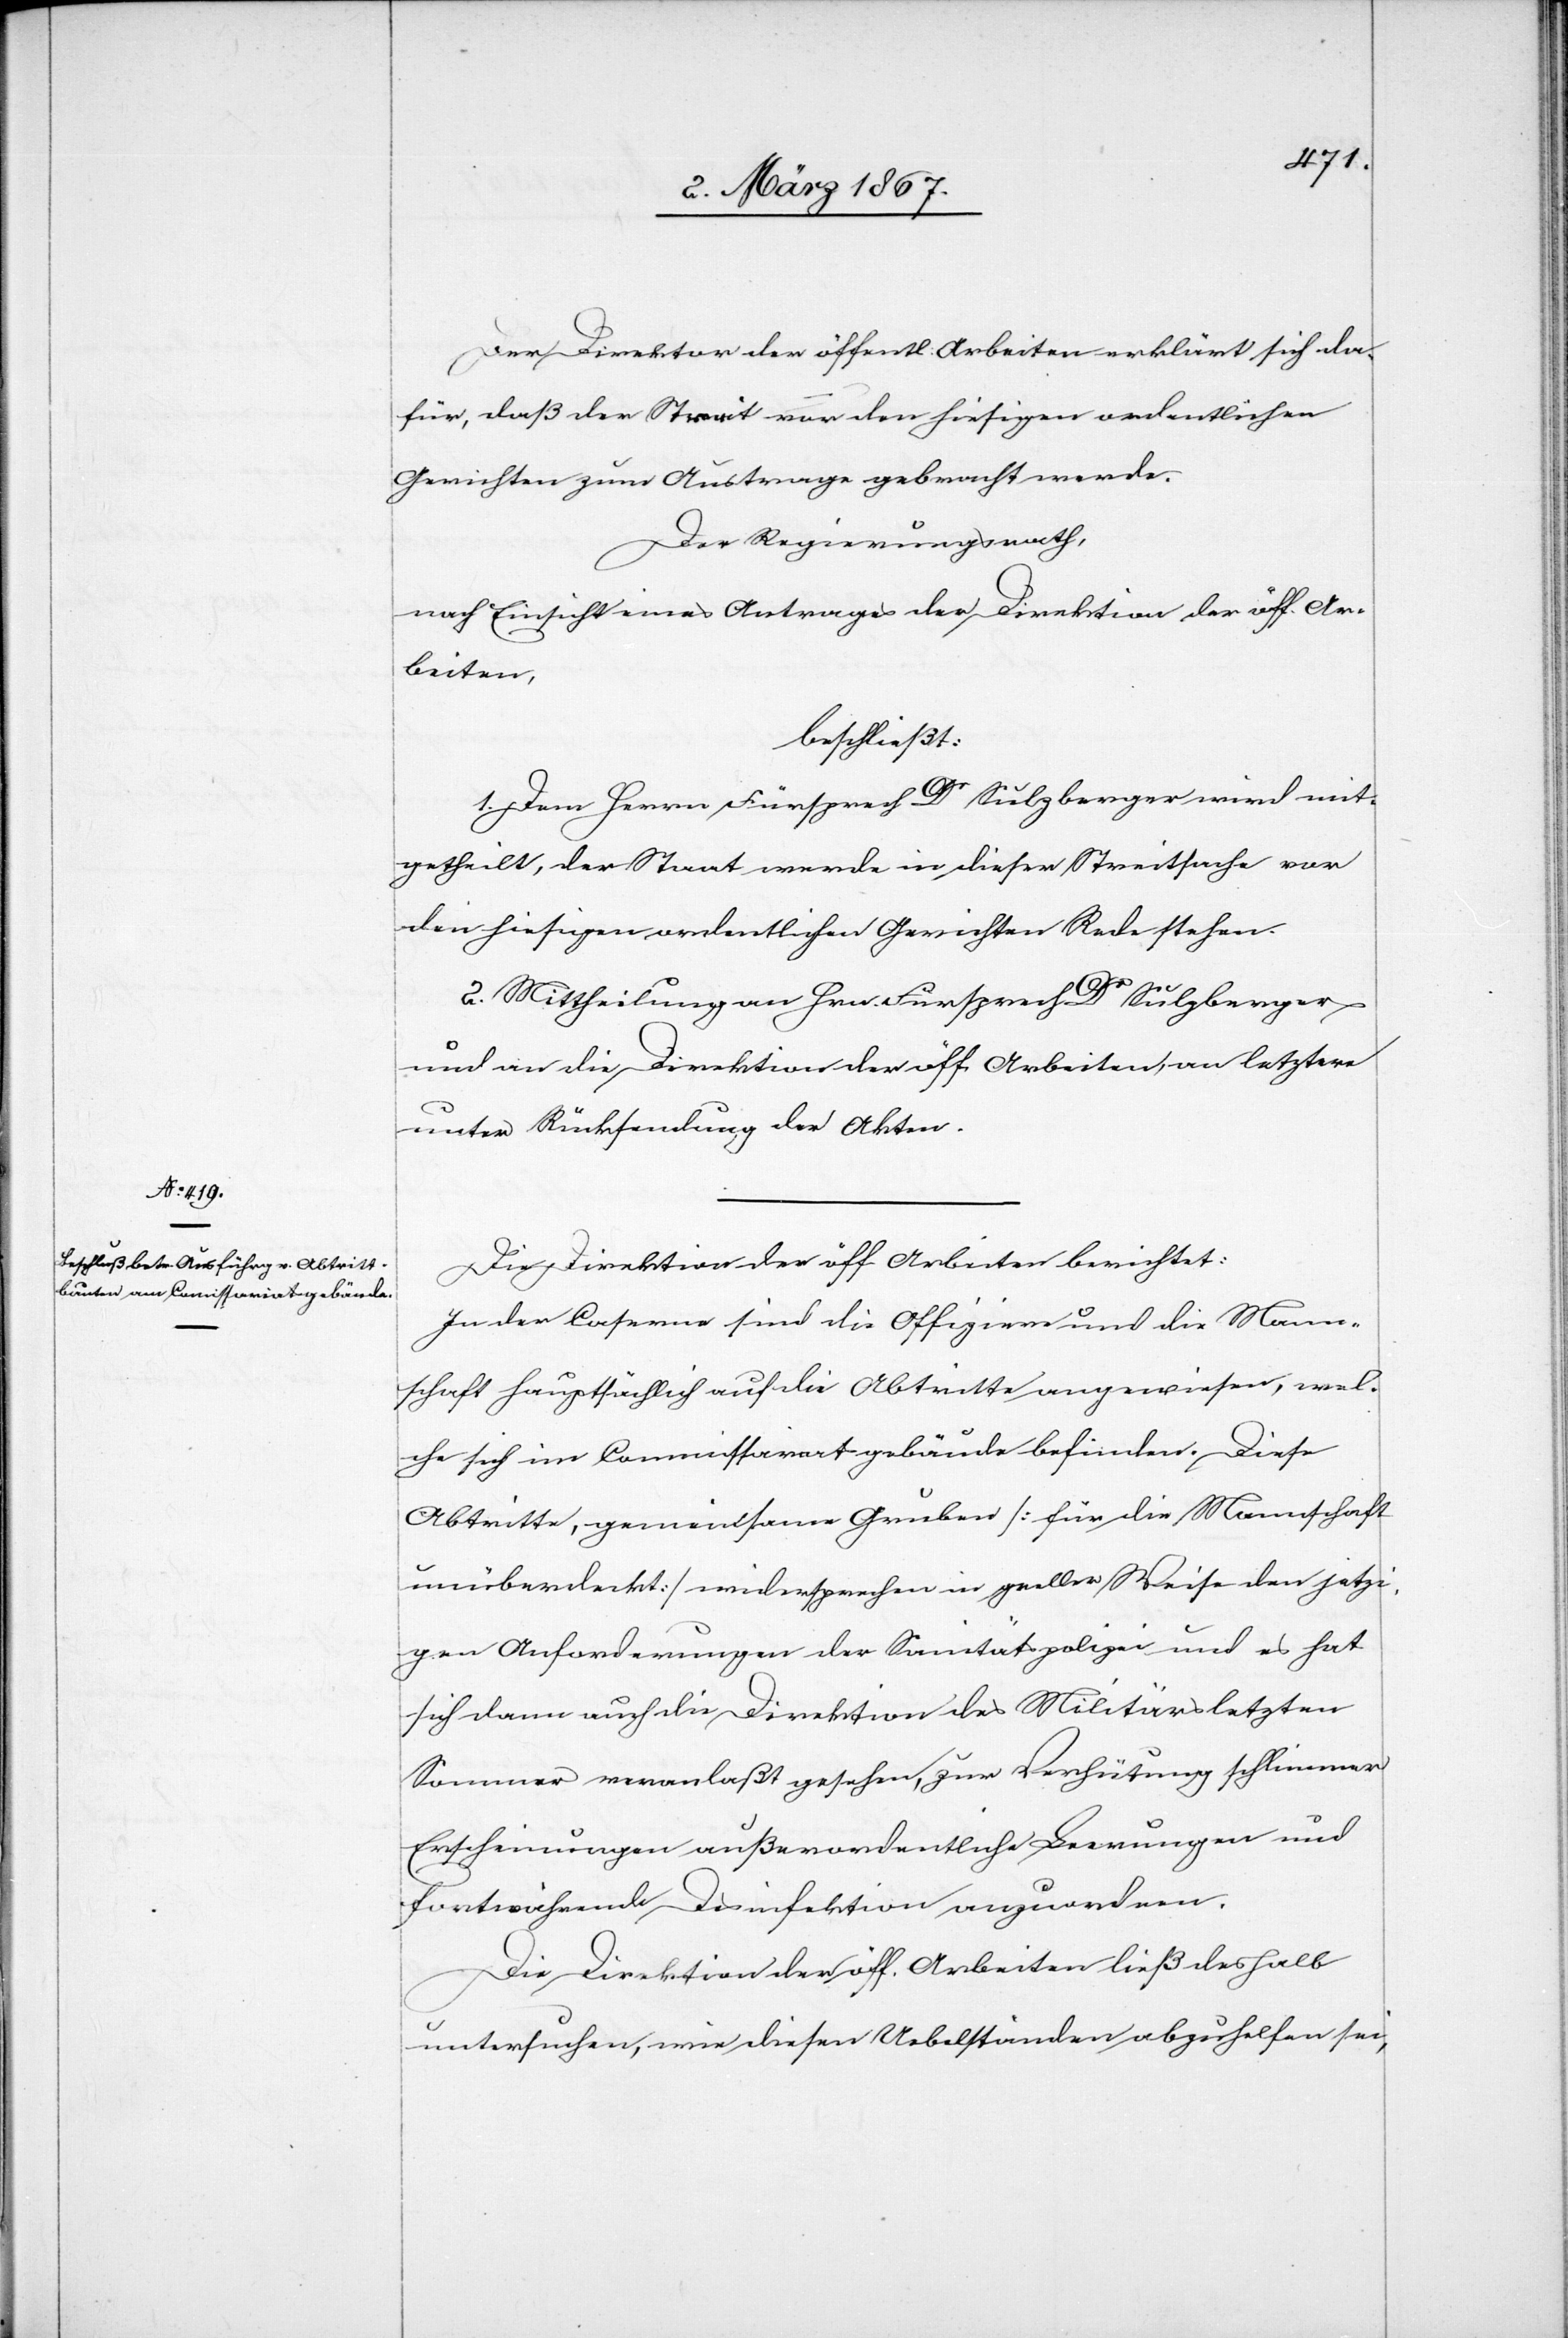
Der Direktor der öffentl. Arbeiten erklärt sich da¬
für, daß der Streit vor den hiesigen ordentlichen
Gerichten zum Austrage gebracht werde.
Der Regierungsrath,
nach Einsicht eines Antrages der Direktion der öff. Ar¬
beiten,
beschließt:
1. Dem Herrn Fürsprech Dr Sulzberger wird mit¬
getheilt, der Staat werde in dieser Streitfrage vor
den hiesigen ordentlichen Gerichten Rede stehen.
2. Mittheilung an Hrn. Fürsprech Dr Sulzberger
und an die Direktion der öff. Arbeiten, an letztere
unter Rückstellung der Akten.
Die Direktion der öff. Arbeiten berichtet:
In der Caserne sind die Offiziere und die Mann¬
schaft hauptsächlich auf die Abtritte angewiesen, wel¬
che sich im Commissariatsgebäude befinden. Diese
Abtritte, gemeinsame Gruben [für die Mannschaft
unüberdeckt] widersprechen in greller Weise den jetzi¬
gen Anforderungen der Sanitätspolizei und es hat
sich dann auch die Direktion des Militärs letzten
Sommer veranlaßt gesehen, zur Verhütung schlimmer
Erscheinungen außerordentliche Brenungen und
fortwährende Desinfektion anzuordnen.
Die Direktion der öff. Arbeiten ließ deshalb
untersuchen, wie diesen Uebelständen abzuhelfen sei,